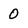
Character: 0